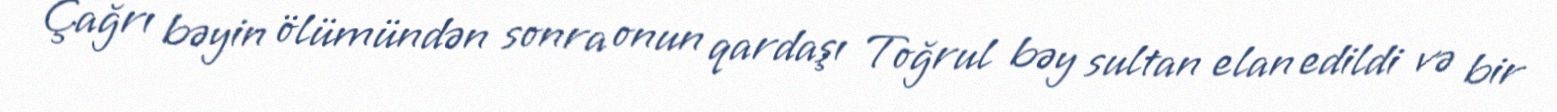
Çağrı bəyin ölümündən sonra onun qardaşı Toğrul bəy sultan elan edildi və bir